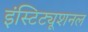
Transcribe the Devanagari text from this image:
इंस्टिट्यूशनल